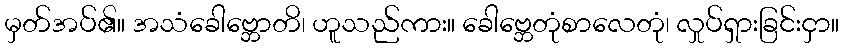
မှတ်အပ်၏။ အသံခေါဗ္ဘောတိ၊ ဟူသည်ကား။ ခေါဗ္ဘေတုံစာလေတုံ၊ လှုပ်ရှားခြင်းငှာ။